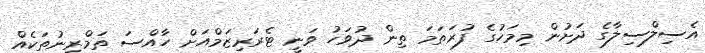
އެސިލްސިލާގެ ދަށުން މިމަހުގެ ފުރަތަމަ ތިން ދުވަހު ވަނީ ޓެރަރިޒަމްއަށް ހާއްސަ ތަމްރީނުތަކެއް